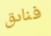
فنادق